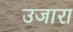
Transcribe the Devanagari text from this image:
उजारा